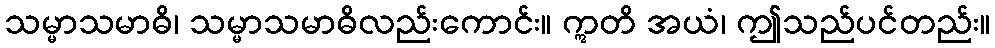
သမ္မာသမာဓိ၊ သမ္မာသမာဓိလည်းကောင်း။ ဣတိ အယံ၊ ဤသည်ပင်တည်း။